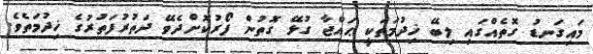
މައިގަނޑު ގޮތެއްގައި ލިބޭ ޚިދުމަތަކީ ޙައްޖާ ގުޅޭ ގޮތުން ފޯރުކޮށްދެވޭ ދަތުރުފަތުރުގެ ޚިދުމަތެވެ.